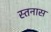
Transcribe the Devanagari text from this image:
स्तनास